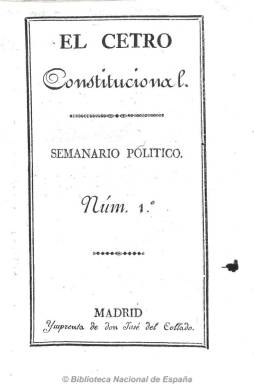
Título: El Cetro constitucional
Colección: Periódicos anteriores a 1850
Ámbito geográfico: Madrid
Lugar de publicación: Madrid
Fechas: 01/01/1820-31/12/1821

Subtitulado como “semanario político”, se considera continuador del periódico constitucional El cetro, impreso en Cádiz a partir de julio de 1820. Sus fundadores son los periodistas Manuel Eduardo Gorostiza (1789-1851), que quizá fue su director, Félix Mejía Fernández-Pacheco (1776-1853) y el gaditano José Joaquín de Mora (1783-1864). Su estructura material es similar a la de su antecesor, impreso en cinco pliegos (40 páginas), y con contenidos del mismo cariz, extensos artículos sobre historia y política constitucional española, especialmente referida a la monarquía y a los periodos anteriores de la guerra de la independencia y el sexenio absolutista fernandino. De marcado carácter doctrinal también incluye otros referidos a la religión y los teatros (ofrece un extenso artículo sobre el fallecimiento del actor Isidoro Máiquez), incluyendo asimismo algunos poemas. Aparecía los sábados, y estuvo estampándose desde diciembre de 1820 a enero de 1821, primero en la imprenta de Collado y por último en la de la viuda de Aznar. De tendencia monárquica constitucional y liberal moderada. Sus fundadores participaron en otros periódicos de la época y, en concreto, Félix Mejía llegaría a dirigir el exaltado El zurriago.